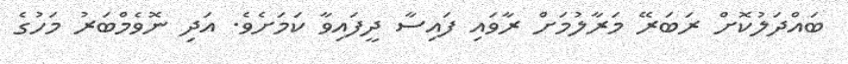
ބައްދަލުކޮށް ރަބަރޭ މަރާލުމަށް ރާވައި ފައިސާ ދީފައިވާ ކަމަށެވެ. އަދި ނޮވެމްބަރު މަހުގެ